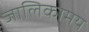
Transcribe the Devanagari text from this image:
जालिकामय